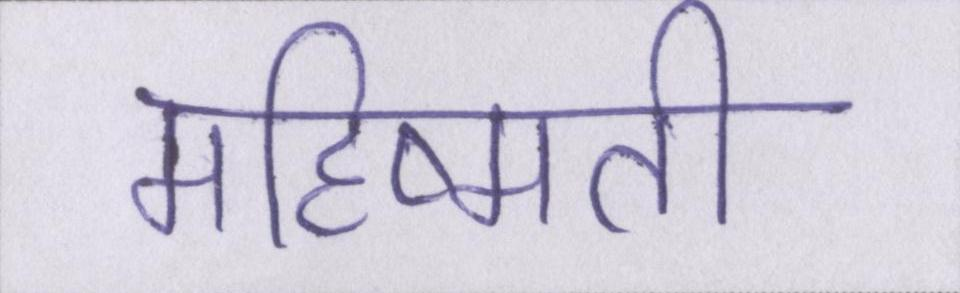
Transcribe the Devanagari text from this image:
महिष्मती